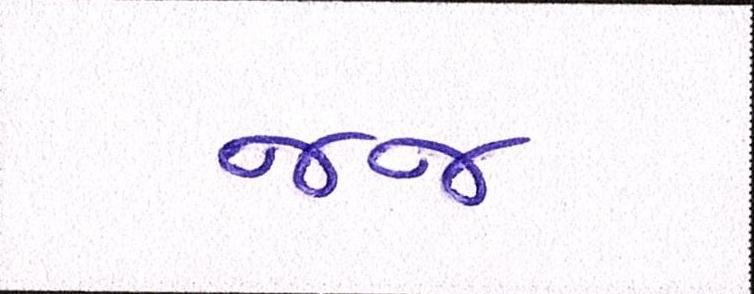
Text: જજ